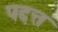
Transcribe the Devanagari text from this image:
पदत्त